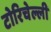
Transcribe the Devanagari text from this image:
टोरिचेल्ली